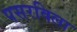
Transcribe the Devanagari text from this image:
पसरविला